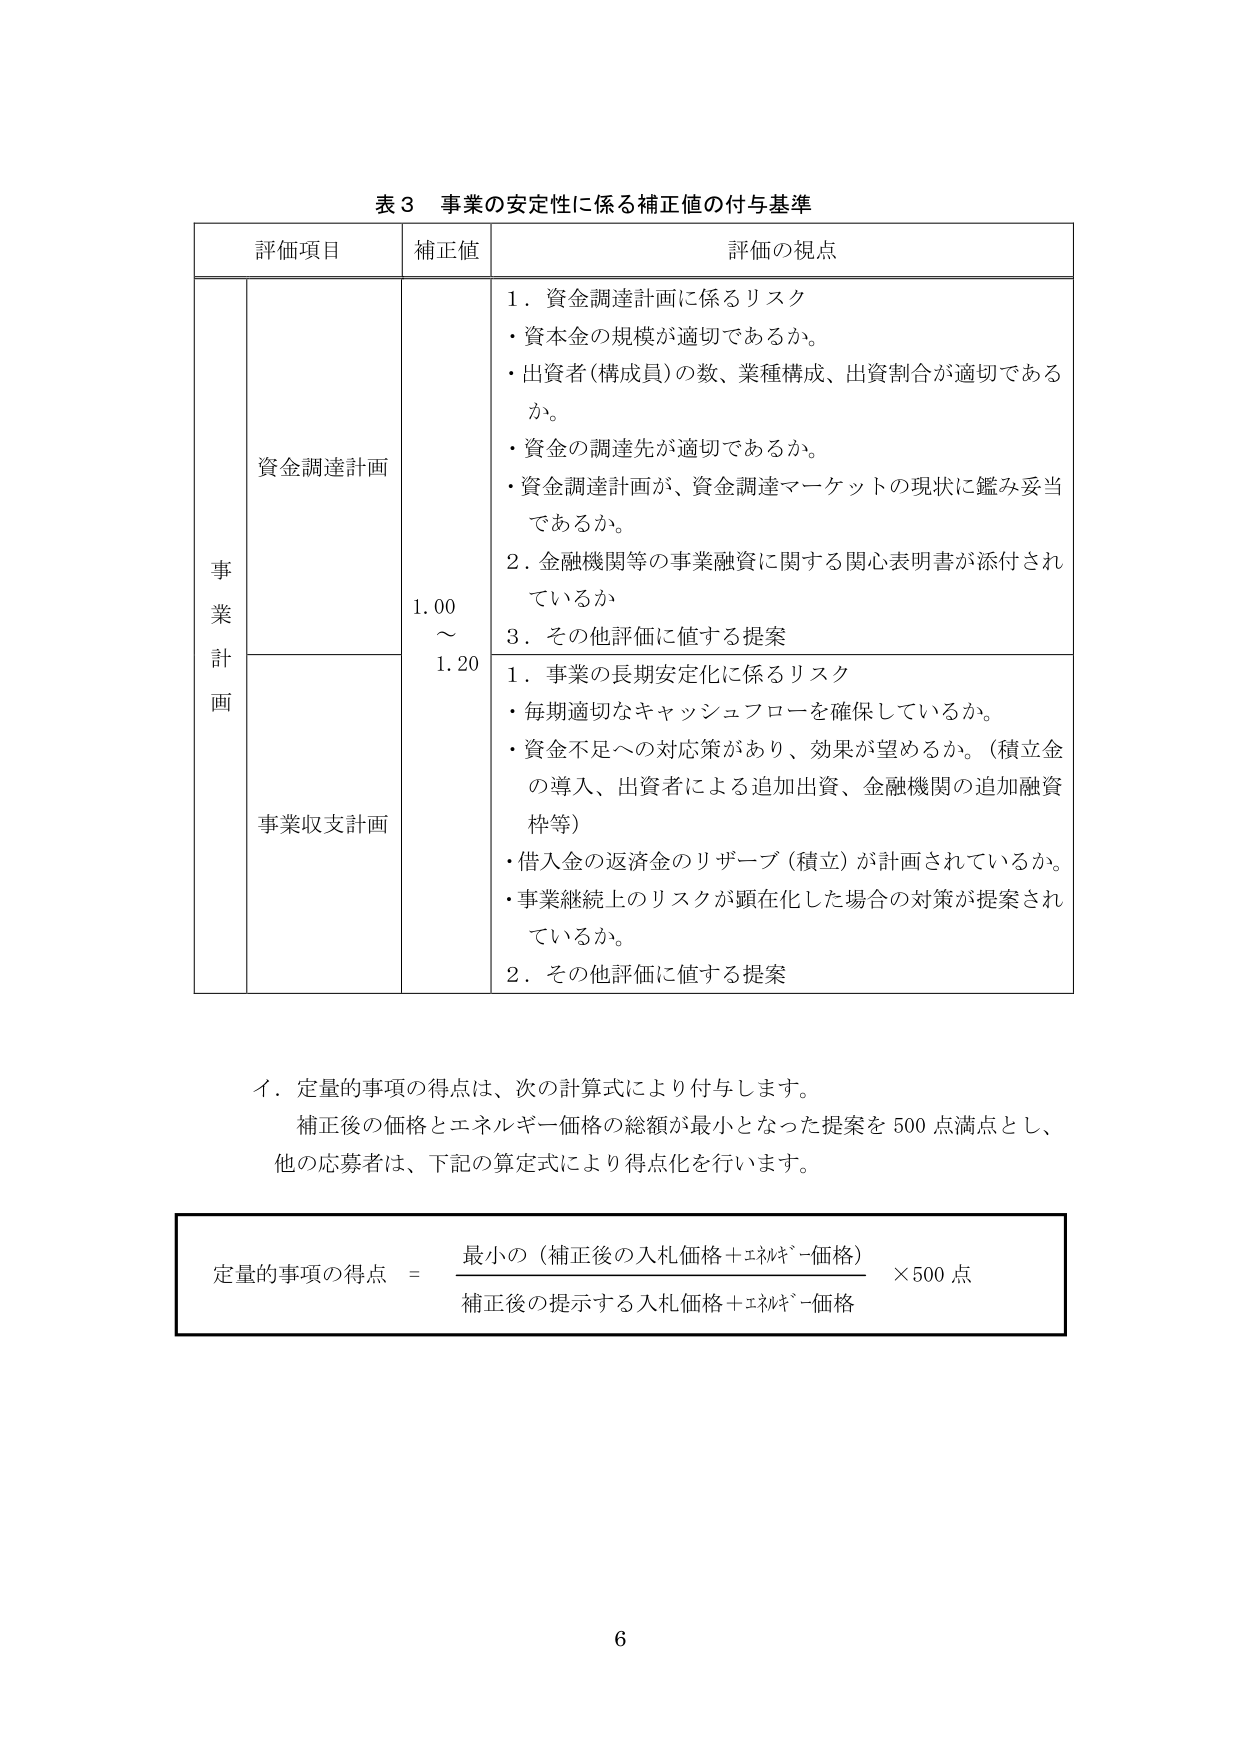
表３ 事業の安定性に係る補正値の付与基準

評価項目 補正値 評価の視点

事業計画 資金調達計画 1.00～1.20 1．資金調達計画に係るリスク
・資本金の規模が適切であるか。
・出資者（構成員）の数、業種構成、出資割合が適切であるか。
・資金の調達先が適切であるか。
・資金調達計画が、資金調達マーケットの現状に鑑み妥当であるか。
2．金融機関等の事業融資に関する関心表明書が添付されているか
3．その他評価に値する提案

事業収支計画 1．事業の長期安定化に係るリスク
・毎期適切なキャッシュフローを確保しているか。
・資金不足への対応策があり、効果が望めるか。（積立金の導入、出資者による追加出資、金融機関の追加融資枠等）
・借入金の返済金のリザーブ（積立）が計画されているか。
・事業継続上のリスクが顕在化した場合の対策が提案されているか。
2．その他評価に値する提案

イ．定量的事項の得点は、次の計算式により付与します。
補正後の価格とエネルギー価格の総額が最小となった提案を500点満点とし、他の応募者は、下記の算定式により得点化を行います。

定量的事項の得点 ＝ 最小の（補正後の入札価格＋エネルギー価格） ×500点
補正後の提示する入札価格＋エネルギー価格

6